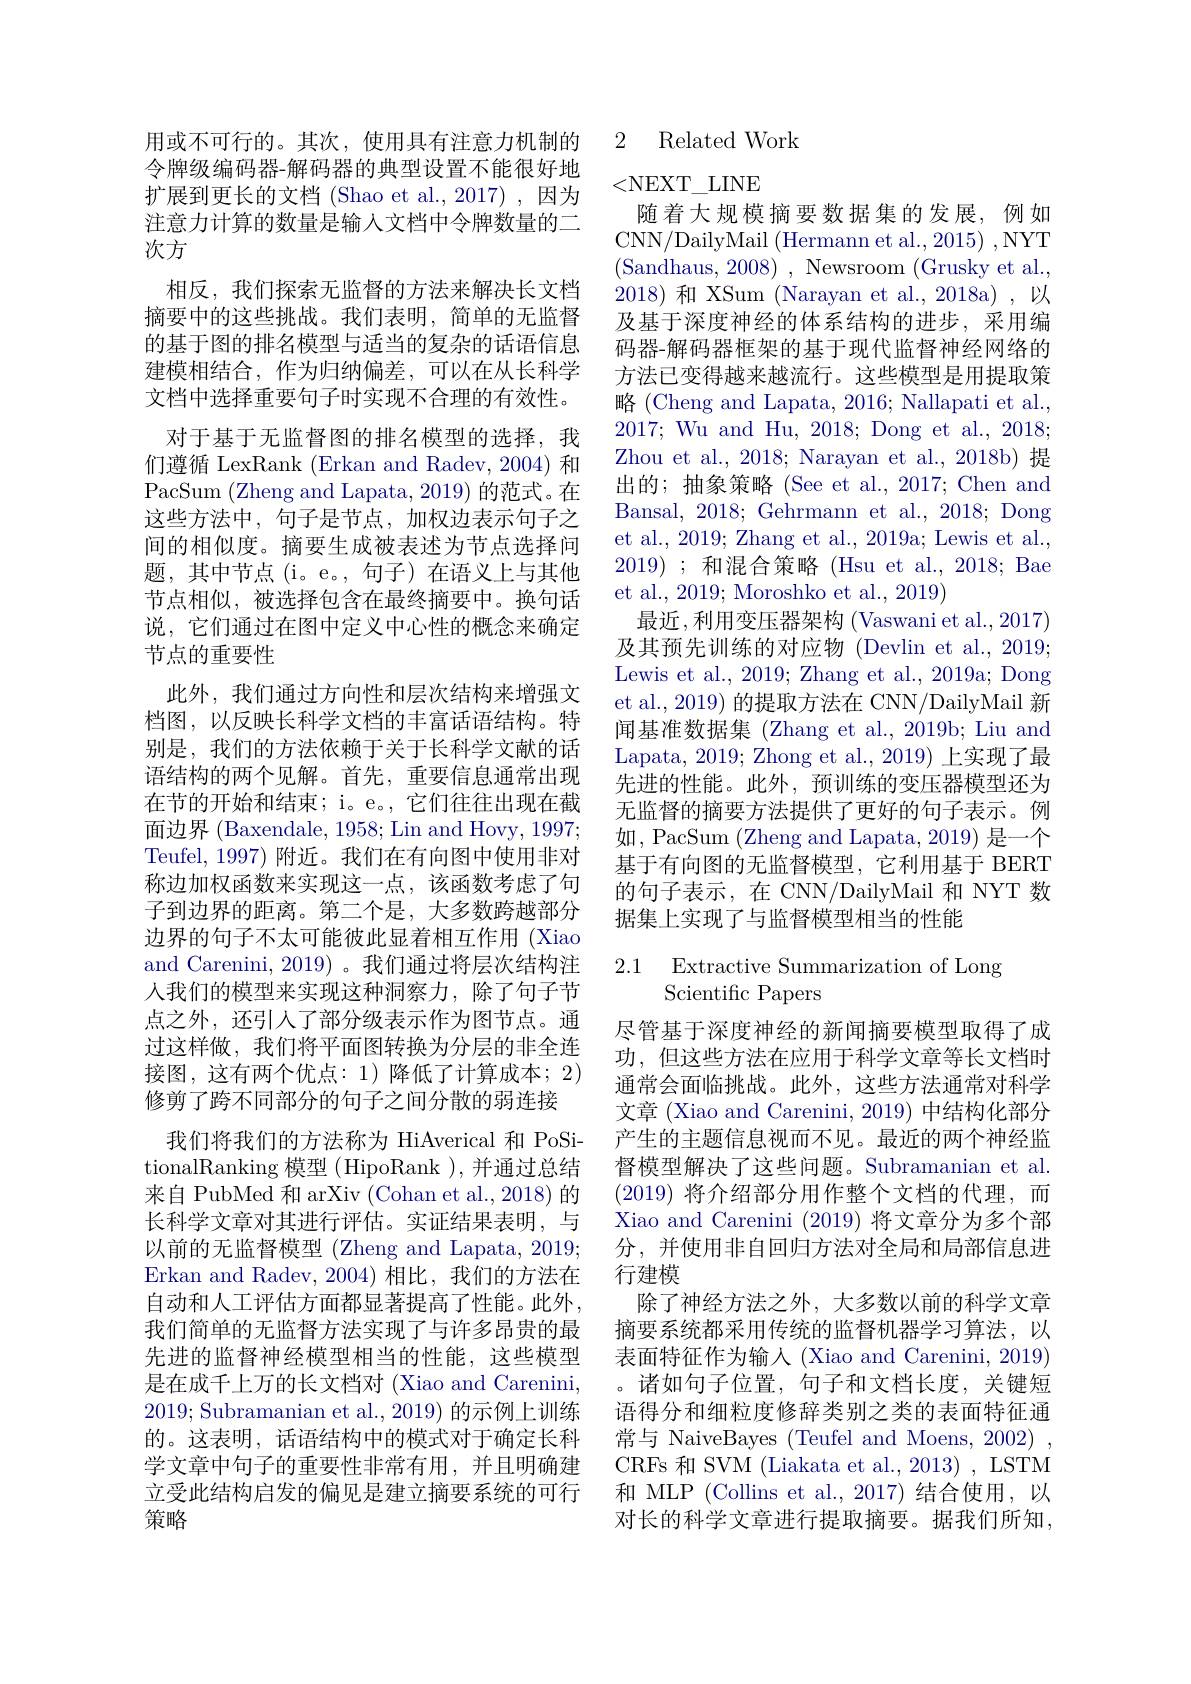
次方

用或不可行的。其次，使用具有注意力机制的令牌级编码器-解码器的典型设置不能很好地扩展到更长的文档 (Shao et al., 2017) ,因为注意力计算的数量是输入文档中令牌数量的二
相反，我们探索无监督的方法来解决长文档摘要中的这些挑战。我们表明，简单的无监督的基于图的排名模型与适当的复杂的话语信息建模相结合，作为归纳偏差，可以在从长科学文档中选择重要句子时实现不合理的有效性。对于基于无监督图的排名模型的选择，我们遵循 LexRank (Erkan and Radev, 2004) 和PacSum (Zheng and Lapata, 2019) 的范式。在这些方法中，句子是节点，加权边表示句子之间的相似度。摘要生成被表述为节点选择问题，其中节点(i。e。,句子)在语义上与其他节点相似，被选择包含在最终摘要中。换句话说，它们通过在图中定义中心性的概念来确定节点的重要性
此外，我们通过方向性和层次结构来增强文档图，以反映长科学文档的丰富话语结构。特别是，我们的方法依赖于关于长科学文献的话语结构的两个见解。首先，重要信息通常出现在节的开始和结束；i。e。, 它们往往出现在截面边界 (Baxendale, 1958; Lin and Hovy, 1997; Teufel, 1997) 附近。我们在有向图中使用非对称边加权函数来实现这一点，该函数考虑了句子到边界的距离。第二个是，大多数跨越部分边界的句子不太可能彼此显着相互作用 (Xiao and Carenini, 2019)。我们通过将层次结构注人我们的模型来实现这种洞察力，除了句子节点之外，还引人了部分级表示作为图节点。通过这样做，我们将平面图转换为分层的非全连接图，这有两个优点：1)降低了计算成本；2) 修剪了跨不同部分的句子之间分散的弱连接
我们将我们的方法称为 HiAverical 和 PoSitionalRanking 模 型 ( HipoRank ) , 并 通 过 总 结 来自 PubMed 和 arXiv (Cohan et al., 2018) 的长科学文章对其进行评估。实证结果表明，与以前的无监督模型 (Zheng and Lapata, 2019; Erkan and Radev, 2004)相比，我们的方法在自动和人工评估方面都显著提高了性能。此外， 我们简单的无监督方法实现了与许多昂贵的最先进的监督神经模型相当的性能，这些模型是在成千上万的长文档对 (Xiao and Carenini, 2019;Subramanian et al.,2019)的示例上训练的。这表明，话语结构中的模式对于确定长科学文章中句子的重要性非常有用，并且明确建立受此结构启发的偏见是建立摘要系统的可行策略

## 2 Related Work

<NEXT\_LINE
随着大规模摘要数据集的发展，例如CNN/DailyMail (Hermann et al., 2015) , NYT (Sandhaus, 2008), Newsroom (Grusky et al., 2018)和 XSum (Narayan et al., 2018a) ,以及基于深度神经的体系结构的进步，采用编码器-解码器框架的基于现代监督神经网络的方法已变得越来越流行。这些模型是用提取策略(Cheng and Lapata, 2016; Nallapati et al., 2017; Wu and Hu, 2018; Dong et al., 2018; Zhou et al., 2018; Narayan et al., 2018b) 提出的；抽象策略 (See et al., 2017; Chen and Bansal, 2018; Gehrmann et al., 2018; Dong et al., 2019; Zhang et al., 2019a; Lewis et al., 2019) ;和混合策略 (Hsu et al., 2018; Bae et al., 2019; Moroshko et al., 2019)
最近，利用变压器架构 (Vaswani et al.,2017) 及其预先训练的对应物 (Devlin et al., 2019; Lewis et al., 2019; Zhang et al., 2019a; Dong et al., 2019) 的提取方法在 CNN/DailyMail 新闻基准数据集 (Zhang et al., 2019b; Liu and Lapata, 2019; Zhong et al., 2019) 上实现了最先进的性能。此外，预训练的变压器模型还为无监督的摘要方法提供了更好的句子表示。例如，PacSum (Zheng and Lapata, 2019) 是一个基于有向图的无监督模型，它利用基于 BERT 的句子表示，在 CNN/DailyMail 和 NYT 数据集上实现了与监督模型相当的性能

2.1 Extractive Summarization of Long
## Scientific Papers

尽管基于深度神经的新闻摘要模型取得了成功，但这些方法在应用于科学文章等长文档时通常会面临挑战。此外，这些方法通常对科学文章 (Xiao and Carenini, 2019) 中结构化部分产生的主题信息视而不见。最近的两个神经监督模型解决了这些问题。Subramanian et al. (2019)将介绍部分用作整个文档的代理，而Xiao and Carenini (2019)将文章分为多个部分，并使用非自回归方法对全局和局部信息进行建模
除了神经方法之外，大多数以前的科学文章摘要系统都采用传统的监督机器学习算法，以表面特征作为输入 (Xiao and Carenini, 2019) 。诸如句子位置，句子和文档长度，关键短语得分和细粒度修辞类别之类的表面特征通常与 NaiveBayes (Teufel and Moens, 2002) , CRFs 和 SVM (Liakata et al., 2013) , LSTM 和 MLP (Collins et al.,2017)结合使用，以对长的科学文章进行提取摘要。据我们所知，